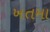
ખતમા